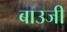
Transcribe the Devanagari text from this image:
बाउजी